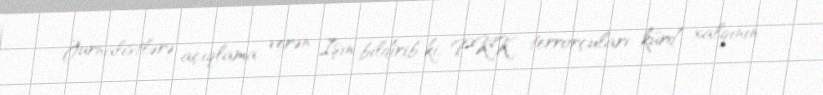
Jurnalistlərə açıqlama verən Işın bildirib ki, PKK terrorçuları kürd xalqının